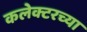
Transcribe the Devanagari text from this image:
कलेक्टरच्या